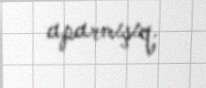
aparmışıq.